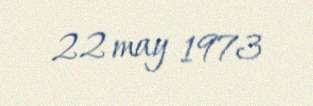
22 may 1973